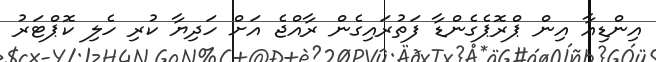
އިންޑިއާ އިން ޕްރޮޕެގެންޑާ ފަތުރައިގެން ރާއްޖެ އަށް ހަދިޔާ ކުރި ހެލި ކޮޕްޓަރު